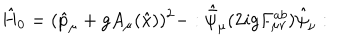
LaTeX: \hat { H } _ { 0 } = ( \hat { p } _ { \mu } + g A _ { \mu } ( \hat { x } ) ) ^ { 2 } - : \hat { \bar { \psi } } _ { \mu } ( 2 i g F _ { \mu \nu } ^ { a b } ) \hat { \psi } _ { \nu } :